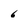
Character: 6